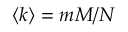
\langle k \rangle = m M / N